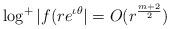
LaTeX: \begin{align*}\log^+|f(re^{\iota\theta}| = O(r^\frac{m+2}{2})\end{align*}